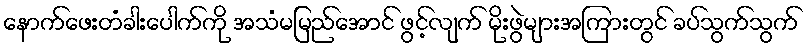
နောက်ဖေးတံခါးပေါက်ကို အသံမမြည်အောင် ဖွင့်လျက် မိုးဖွဲများအကြားတွင် ခပ်သွက်သွက်